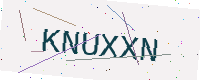
Text: KNUXXN